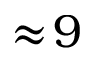
\approx \! 9